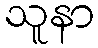
သူနာ